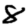
Digit: 8